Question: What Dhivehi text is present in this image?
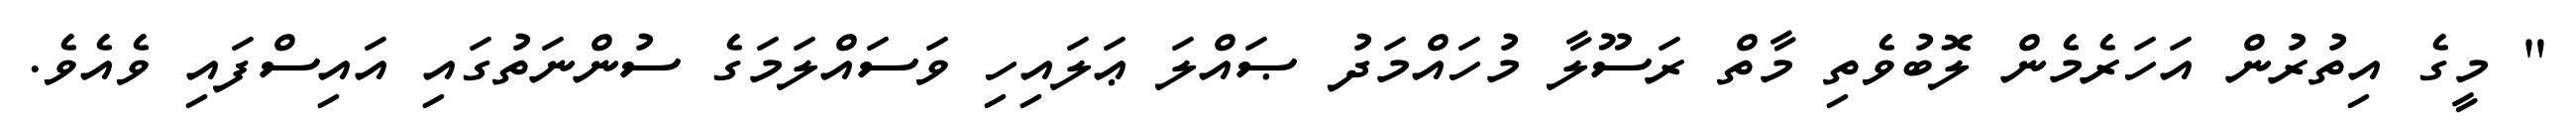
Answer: " މީގެ އިތުރުން އަހަރެމެން ލޮބުވެތި މާތް ރަސޫލާ މުހައްމަދު ޞައްލަ ޢަލައިހި ވަސައްލަމަގެ ސުންނަތުގައި އައިސްފައި ވެއެވެ.